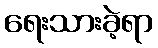
ရေးသားခဲ့ရာ